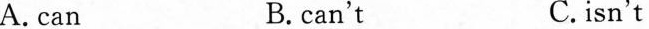
A.can B. can't C.isn't